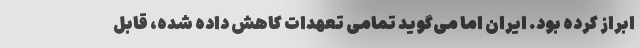
ابراز کرده بود. ایران اما می‌گوید تمامی تعهدات کاهش داده شده، قابل